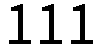
111